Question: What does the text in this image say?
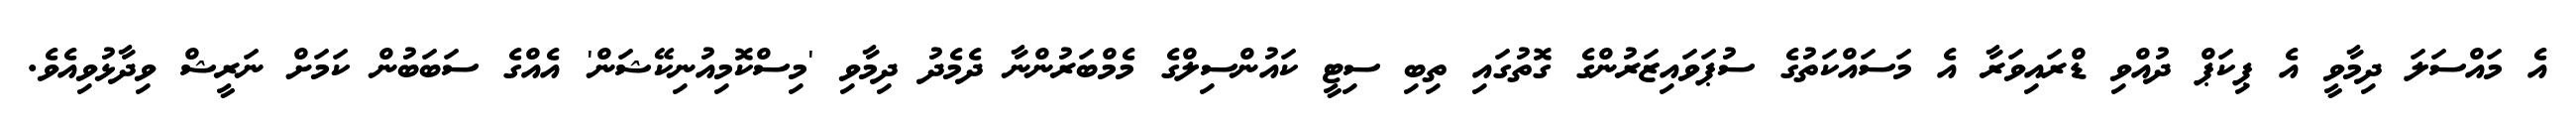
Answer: އެ މައްސަލަ ދިމާވީ އެ ޕިކަޕް ދުއްވި ޑްރައިވަރާ އެ މަސައްކަތުގެ ސުޕަވައިޒަރުންގެ ގޮތުގައި ތިބި ސިޓީ ކައުންސިލްގެ މެމްބަރުންނާ ދެމެދު ދިމާވި 'މިސްކޮމިއުނިކޭޝަން' އެއްގެ ސަބަބުން ކަމަށް ނަރީޝް ވިދާޅުވިއެވެ.